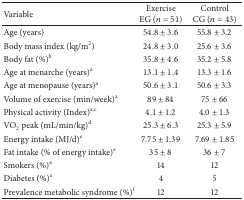
<table><thead><tr><td><b>Variable</b></td><td><b>ExerciseEG (<i>n</i> = 51)</b></td><td><b>ControlCG (<i>n</i> = 43)</b></td></tr></thead><tbody><tr><td>Age (years)</td><td>54.8 ± 3.6</td><td>55.8 ± 3.2</td></tr><tr><td>Body mass index (kg/m<sup>2</sup>)</td><td>24.8 ± 3.0</td><td>25.6 ± 3.6</td></tr><tr><td>Body fat (%)<sup>b</sup></td><td>35.8 ± 4.6</td><td>35.2 ± 5.8</td></tr><tr><td>Age at menarche (years)<sup>a</sup></td><td>13.1 ± 1.4</td><td>13.3 ± 1.6</td></tr><tr><td>Age at menopause (years)<sup>a</sup></td><td>50.6 ± 3.1</td><td>50.6 ± 3.3</td></tr><tr><td>Volume of exercise (min/week)<sup>a</sup></td><td>89 ± 84</td><td>75 ± 66</td></tr><tr><td>Physical activity (Index)<sup>a,c</sup></td><td>4.1 ± 1.2</td><td>4.0 ± 1.3</td></tr><tr><td>VO<sub>2</sub> peak (mL/min/kg)<sup>d</sup></td><td>25.3 ± 6.3</td><td>25.3 ± 5.9</td></tr><tr><td>Energy intake (MJ/d)<sup>e</sup></td><td>7.75 ± 1.39</td><td>7.69 ± 1.85</td></tr><tr><td>Fat intake (% of energy intake)<sup>e</sup></td><td>35 ± 8</td><td>36 ± 7</td></tr><tr><td>Smokers (%)<sup>a</sup></td><td>14</td><td>12</td></tr><tr><td>Diabetes (%)<sup>a</sup></td><td>4</td><td>5</td></tr><tr><td>Prevalence metabolic syndrome (%)<sup>f</sup></td><td>12</td><td>12</td></tr></tbody></table>